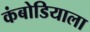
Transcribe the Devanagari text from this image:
कंबोडियाला